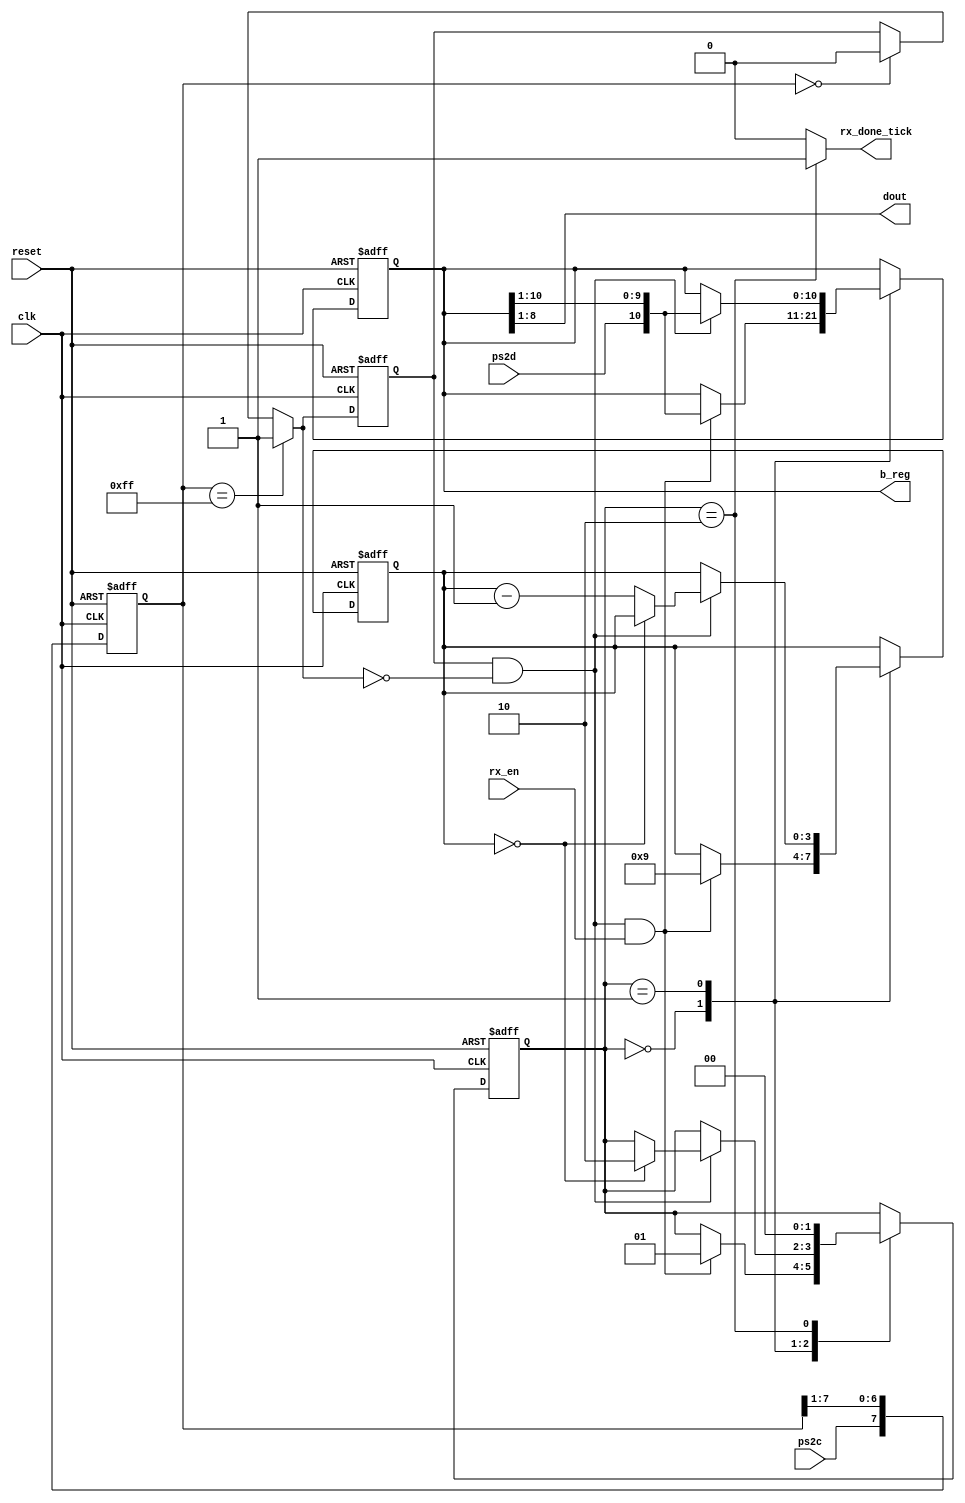
`timescale 1ns / 1ps
//////////////////////////////////////////////////////////////////////////////////
// Company: 
// Engineer: 
// 
// Design Name: Edgar Jose Campos Duarte
// Module Name:    Detector_de_Francos__Maquina_De_Estados 
// Project Name: 
// Target Devices: 
// Tool versions: 
// Description: 
//
// Dependencies: 
//
// Revision: 
// Revision 0.01 - File Created
// Additional Comments: 
//
//////////////////////////////////////////////////////////////////////////////////
module Detector_de_Francos__Maquina_De_Estados(
input wire clk, reset,  ///Clock de la Nexys y reset 

input wire ps2d, ps2c, rx_en,   ////ps2c es el clock del PS2, rx_en es usado para abilitar o no la operacin de recepcin de datos
//// psd2 

output reg rx_done_tick,  /// Esta variable funciona para decir que ya termino de recibir el dato


output reg [10:0] b_reg,

output wire [7:0] dout ///8 datos a a utilizar
                    ///provenientes del teclado				  
) ;

// symbolic state declaration
localparam [1:0]    ////
	idle = 2 'b00,      ////Estados de la maquina   
	dps = 2'b01,        //// 
	load = 2'b10;       ////

//signal declaration

reg [1:0] state_reg,state_next;  /// Variables para cambiar cada estado de la maquina 


reg [7:0] filter_reg; ///En filter_reg y en filter_next
wire [7:0] filter_next;// se almacenan los 8 bits que se toman de muestra



reg f_ps2c_reg;   ///// Esta variable toma un valor de 1 o cero dependiendo del lugar que se encuentre del clock del ps2,
////De forma que cuando hallan solo unos en la variable filter_reg quiere decir que el punto o el lugar del clk de la ps2 esta en el 1 del clock
///Asi mismo cuando esta en la parte que solo hay ceros, el valor de la variable sera cero


wire f_ps2c_next;  


reg [3:0] n_reg, n_next;   ///lleva la cuenta de cuantos datos se han almacenado, deben ser nueve datos, por lo que por en cada ciclo n se le ira disminuyendo un 1



reg [10:0] b_next;    //// Variables donde se almacenan los once datos que envia el teclado los cuales son el bit de paridad, los 8 bits de datos de cada ////////////////////////////tecla, el bit de inicio y el bit de parada    


wire fall_edge;   /// seal de flanco negativo 


////Detector de francos

always @(posedge clk, posedge reset)  //// ciclo que se lleva acabo cada vez que hay un siclo reloj de la nexys o un reset

if (reset)
	begin
		filter_reg<=0;        /////Cuando hay un reset todos los datos de la variable de que adquiere los datos del clock de del ps2 se envian a 0
		f_ps2c_reg <=0;       /////

	end
else 
	begin
		filter_reg<= filter_next;   ///Aqui se actualizan los valores del recolector de datos del clock de la ps2
		f_ps2c_reg<= f_ps2c_next;   ///

	end

assign filter_next = {ps2c,filter_reg[7:1]};      ///////Aqui es donde se iran metiendo los datos de la variable recolectora de valores, esto se realizara en ////////////////////////////////////////////////////////el bit mas significativo de forma que se hara un corrimeinto hacia la derecha  
assign f_ps2c_next = (filter_reg==8'b11111111) ? 1'b1:   ////////Aqui es donde se asignara el valor de 1 a 0 a la variable f_ps2c_next
					 (filter_reg==8'b00000000) ? 1'b0:   ////De forma que se pueda saber en que lugar esta la variable tomando los datos
					 f_ps2c_reg;    //////Aqui la variable tomara el valor anterior, esto pasa cuando la variable que recolecta los valores se encuentra en ///////////por ejemplo en 00001111 

 assign fall_edge = f_ps2c_reg & ~f_ps2c_next; ////Aqui es donde se activa la bandera que indica que hay un flanco negativo, esto se logra mediante un AND


                  ///////////////////////////////////////////////////////////// =>Aqui f_ps2c_next=1   
//                /                                      		       		  / 
//                /                 				             			  /  
//                /                					             			  / 
//                /                	 				  			 			  / 
//                /                					  			 			  /  
//////////////////                 					  			 			  //////////////////  =>Aqui f_ps2c_next=0  


         /////00001111\\\\\\\\\\											 /////11110000\\\\\\\\\\

//    \\\\\\En este intervalo////										 \\\\\\En este intervalo////
//    \\\\\\El valor def_ps2c_next///                                     \\\\\\El valor def_ps2c_next/// 
//    \\\\\\es igual a            ///                                     \\\\\\es igual a            ///
//    \\\\\\f_ps2c_reg, es decir  ///									 \\\\\\f_ps2c_reg, es decir  ///
//    \\\\\\el valor anterior 0   ///									 \\\\\\el valor anterior 1   ///	



/////////Parte secuencial de la maquina de estado (FSM) y datos de los registros


always @(posedge clk, posedge reset)    /////Aqui se inicializan los estados y se actualizan las variables
	if (reset)
		begin
		state_reg <= idle;
		n_reg <= 4'b0000;
		b_reg <= 4'b0000;
		end
	else
		begin
			state_reg <= state_next;
			n_reg <= n_next;
			b_reg <= b_next;

		end
				
/////Parte combinacional
always @*
begin 
	state_next <= state_reg;    ///Se actualiza la variable de estado
	rx_done_tick = 1'b0;    ///Se inicializa la variable
	n_next = n_reg;    /// Se actualiza la variable que lleva la cuenta de las variables que son empaquetadas
	b_next = b_reg;    /// Aqui se almacenan los datos que son enviados del teclado


	case(state_reg)

		idle:
			if (fall_edge & rx_en)
				begin
				// shift in star bit

				b_next = {ps2d, b_reg[10:1]}; ///Se mete el bit de inicio en el paqute de datos

				n_next = 4'b1001;     /// Se pone la variable en nueve para luego ser decrementada para que se pueda llevar el control de los datos que son ///////////////////////// empaquetados 

				state_next<= dps;  ///Se pasa al estado dps

				end

		dps:  //8 data + 1 parity + 1 stop


			if (fall_edge)

				begin
					b_next= {ps2d, b_reg[10:1]};   ///Se empaquete el bit de paridad y los 8 datos que se desean tomar del teclado y el bit de parada
					
					if (n_reg==0)
					
						state_next <= load;

					else
						n_next = n_reg-4'b0001;

				end

		load: // extra clock to complete the last shift

			begin 
				state_next<=idle;       
				rx_done_tick=1'b1;

			end
			// salidas
		endcase
	end
	assign dout = b_reg[8:1];  //// Aqui se asignan a la salida los 8 datos que se necesitan del teclado


endmodule